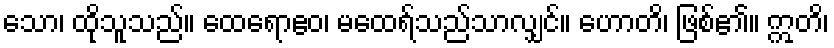
သော၊ ထိုသူသည်။ ထေရောဧဝ၊ မထေရ်သည်သာလျှင်။ ဟောတိ၊ ဖြစ်၏။ ဣတိ၊